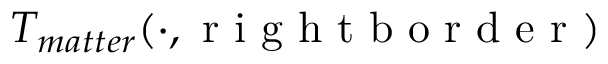
T _ { m a t t e r } ( \cdot , \mathrm { ~ r ~ i ~ g ~ h ~ t ~ b ~ o ~ r ~ d ~ e ~ r ~ } )